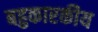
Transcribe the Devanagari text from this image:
बहुकारकीय